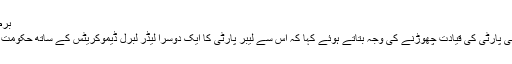
برطانوی وزیر اعظم گورڈن براؤن
وزیر اعظم گورڈن براؤن نے اپنی پارٹی کی قیادت چھوڑنے کی وجہ بتاتے ہوئے کہا کہ اس سے لیبر پارٹی کا ایک دوسرا لیڈر لبرل ڈیموکریٹس کے ساتھ حکومت سازی میں کامیاب ہو سکتا ہے۔